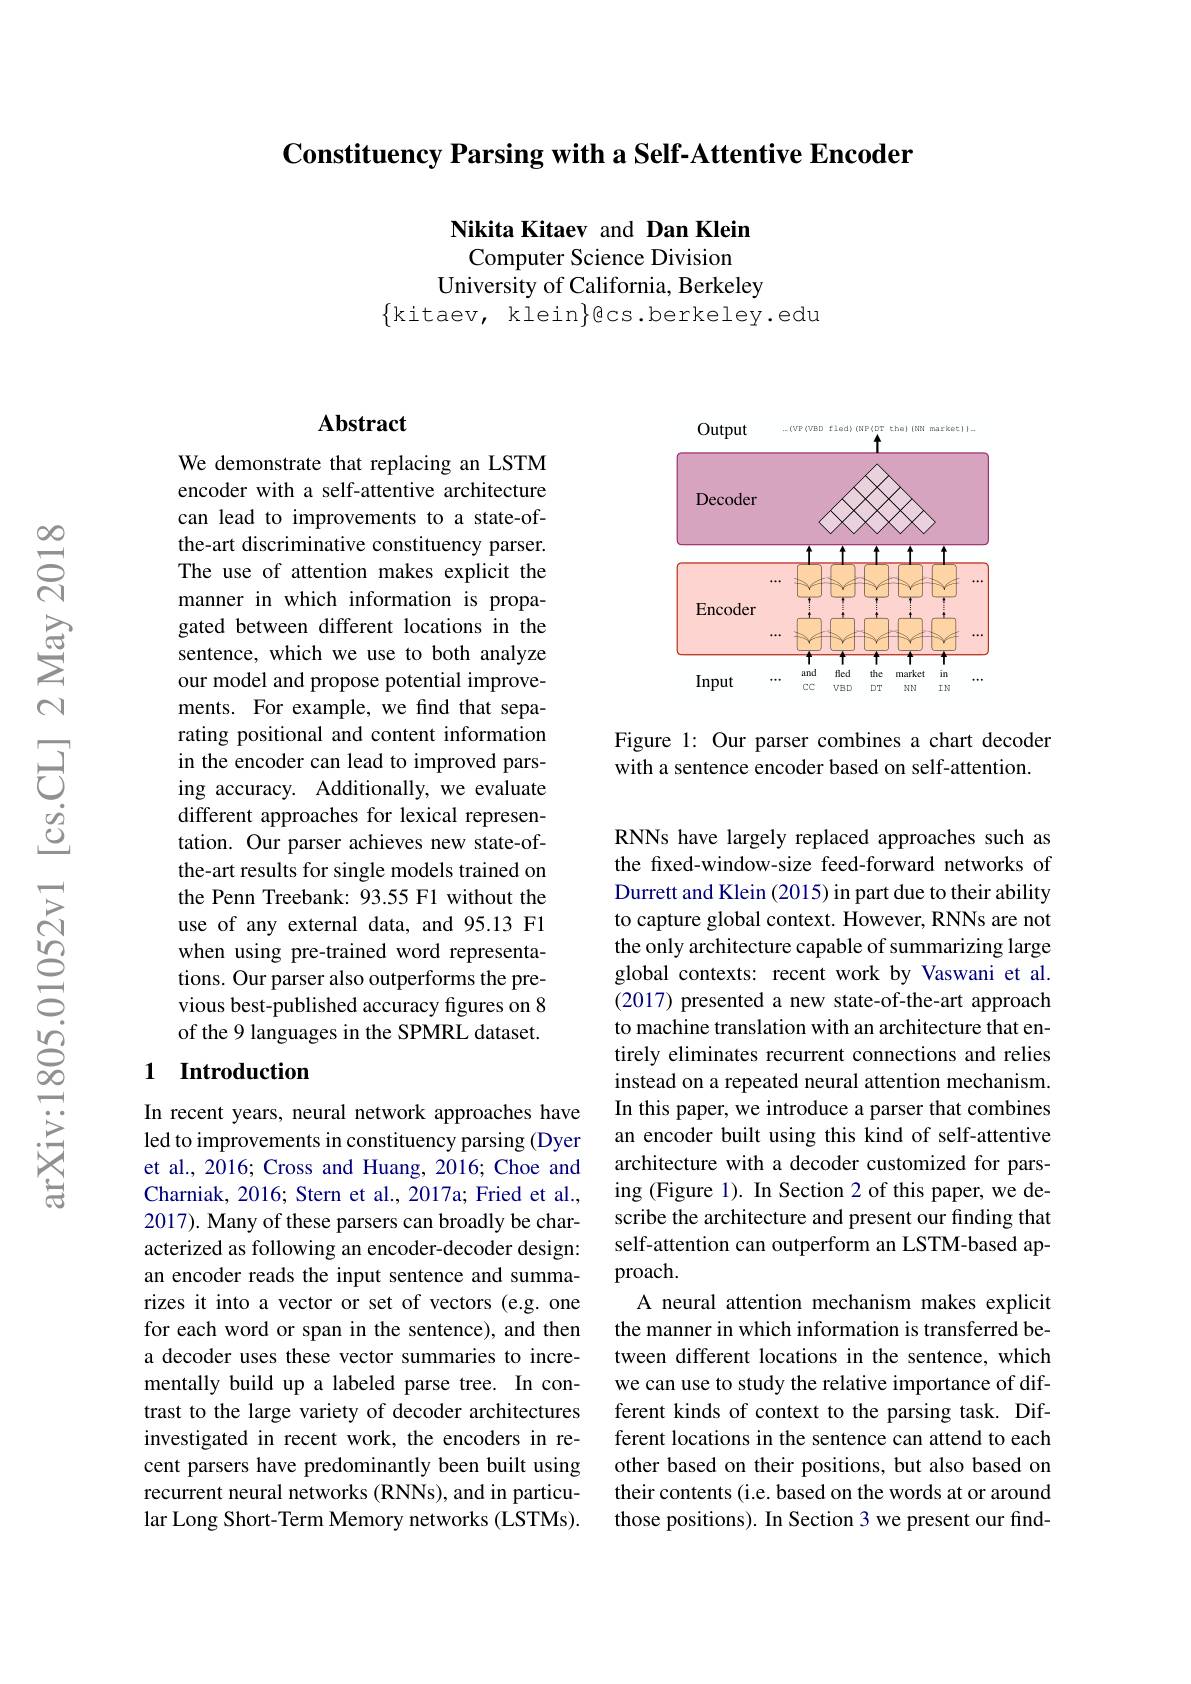
Constituency Parsing with a Self-Attentive Encoder

Nikita Kitaev and Dan Klein Computer Science Division
University of California, Berkeley
$\{$kitaev, klein$\}$cs.berkeley.edu

## Abstract

We demonstrate that replacing an LSTM encoder with a self-attentive architecture can lead to improvements to a state-ofthe-art discriminative constituency parser. The use of attention makes explicit the manner in which information is propagated between different locations in the sentence, which we use to both analyze our model and propose potential improvements. For example, we find that separating positional and content information in the encoder can lead to improved parsing accuracy. Additionally, we evaluate different approaches for lexical representation. Our parser achieves new state-ofthe-art results for single models trained on the Penn Treebank: 93.55 F1 without the use of any external data, and 95.13 F1 when using pre-trained word representations. Our parser also outperforms the previous best-published accuracy figures on 8 of the 9 languages in the SPMRL dataset.

### 1 Introduction

In recent years, neural network approaches have led to improvements in constituency parsing (Dyer et al., 2016; Cross and Huang, 2016; Choe and Charniak, 2016; Stern et al., 2017a; Fried et al., 2017). Many of these parsers can broadly be characterized as following an encoder-decoder design: an encoder reads the input sentence and summarizes it into a vector or set of vectors (e.g. one for each word or span in the sentence), and then a decoder uses these vector summaries to incrementally build up a labeled parse tree. In contrast to the large variety of decoder architectures investigated in recent work, the encoders in recent parsers have predominantly been built using recurrent neural networks (RNNs), and in particular Long Short-Term Memory networks (LSTMs).

<FigureHere>

Figure 1: Our parser combines a chart decoder
with a sentence encoder based on self-attention.

RNNs have largely replaced approaches such as the fxed-window-size feed-forward networks of Durrett and Klein (2015) in part due to their ability to capture global context. However, RNNs are not the only architecture capable of summarizing large global contexts: recent work by Vaswani et al. (2017) presented a new state-of-the-art approach to machine translation with an architecture that entirely eliminates recurrent connections and relies instead on a repeated neural attention mechanism. In this paper, we introduce a parser that combines an encoder built using this kind of self-attentive architecture with a decoder customized for parsing (Figure 1). In Section 2 of this paper, we describe the architecture and present our finding that self-attention can outperform an LSTM-based approach.
A neural attention mechanism makes explicit the manner in which information is transferred between different locations in the sentence, which we can use to study the relative importance of different kinds of context to the parsing task. Different locations in the sentence can attend to each other based on their positions, but also based on their contents (i.e. based on the words at or around those positions). In Section 3 we present our find-